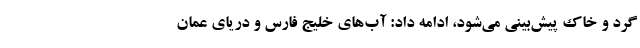
گرد و خاک پیش‌بینی می‌شود، ادامه داد: آب‌های خلیج فارس و دریای عمان